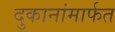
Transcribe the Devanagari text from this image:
दुकानांमार्फत